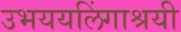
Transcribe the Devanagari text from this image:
उभययलिंगाश्रयी